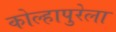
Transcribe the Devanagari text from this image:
कोल्हापुरेला